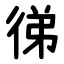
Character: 㣢